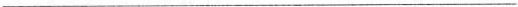
___